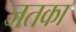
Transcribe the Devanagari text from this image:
जतका